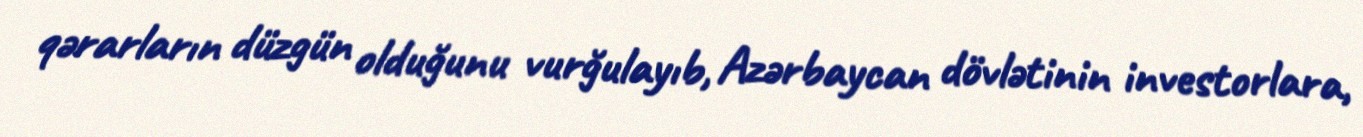
qərarların düzgün olduğunu vurğulayıb, Azərbaycan dövlətinin investorlara,